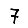
Digit: 7